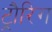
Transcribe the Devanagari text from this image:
ट्रौरिग